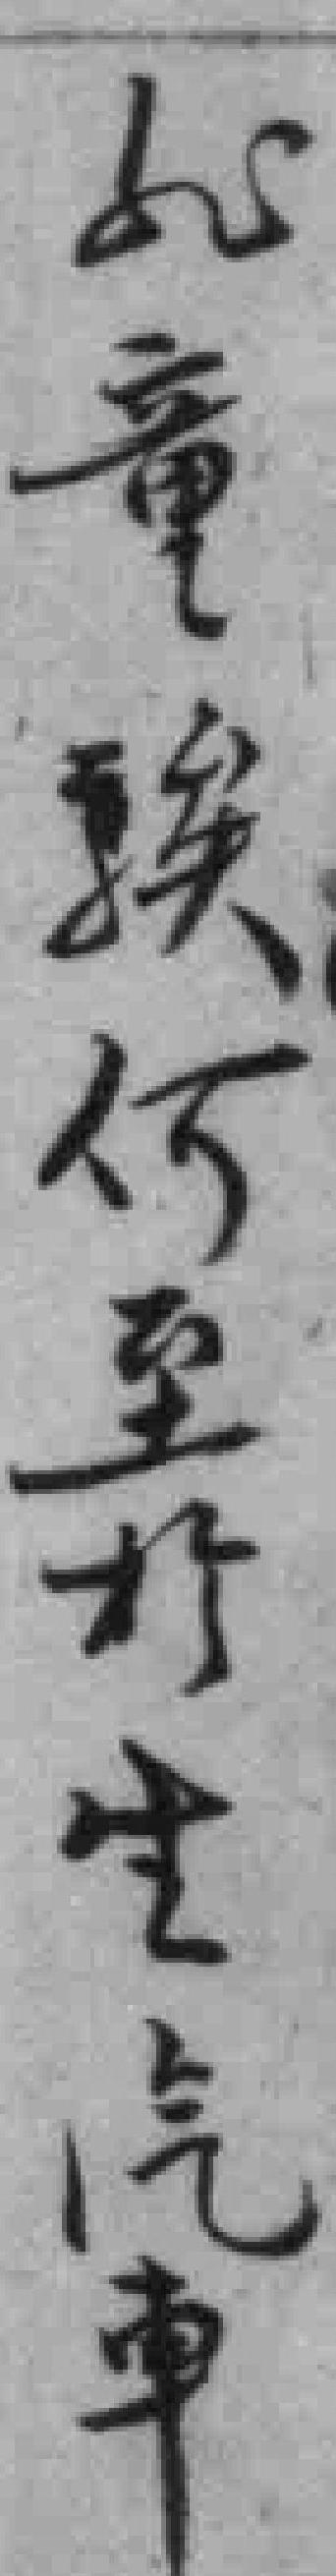
*童*何至於坐汽車